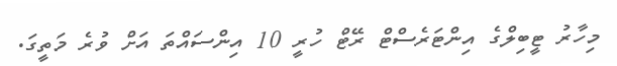
މިހާރު ޓީބިލްގެ އިންޓަރެސްޓް ރޭޓް ހުރީ 10 އިންސައްތަ އަށް ވުރެ މަތީގަ.